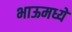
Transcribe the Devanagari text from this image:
भाऊमध्ये